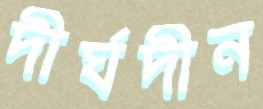
দীর্ঘদীন